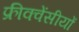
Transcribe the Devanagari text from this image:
फ्रीक्वेंसीयों